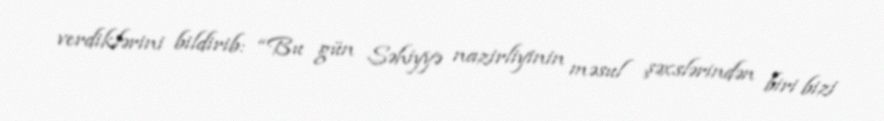
verdiklərini bildirib: “Bu gün Səhiyyə nazirliyinin məsul şəxslərindən biri bizi